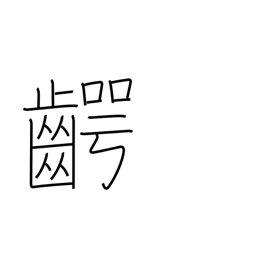
Meaning: jaw